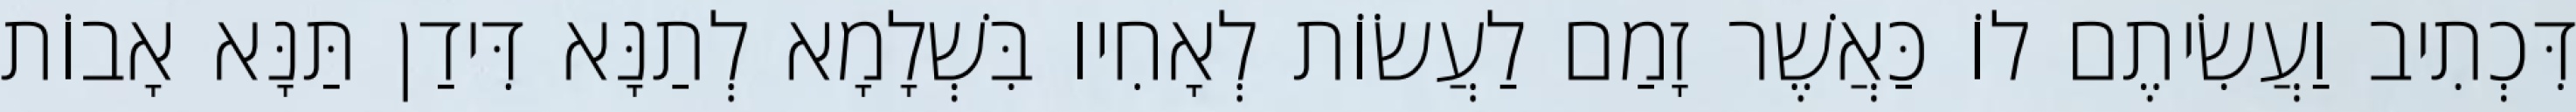
דִּכְתִיב וַעֲשִׂיתֶם לוֹ כַּאֲשֶׁר זָמַם לַעֲשׂוֹת לְאָחִיו בִּשְׁלָמָא לְתַנָּא דִּידַן תַּנָּא אָבוֹת